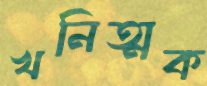
খনিত্মক